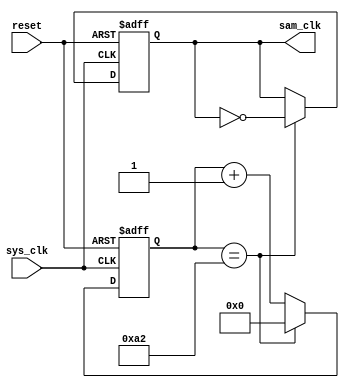
module Baud_Rate_Generator(sys_clk,reset,sam_clk);
input sys_clk,reset;
output reg sam_clk;
reg [8:0] count;
initial begin
count=0;
sam_clk=0;
end

always @(posedge sys_clk or negedge reset)
begin
if(~reset)
begin
count<=0;
sam_clk<=0;
end
else begin
if(count==162)
begin
count<=0;
sam_clk<=~sam_clk;
end
else count<=count+1;
end

end
endmodule